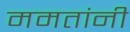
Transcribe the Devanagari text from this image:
ममतांनी